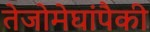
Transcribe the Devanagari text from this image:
तेजोमेघांपैकी